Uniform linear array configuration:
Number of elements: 64
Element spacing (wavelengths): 1
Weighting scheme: hann
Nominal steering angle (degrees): -15
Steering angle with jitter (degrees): -14.491
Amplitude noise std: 0.05
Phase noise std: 0.05

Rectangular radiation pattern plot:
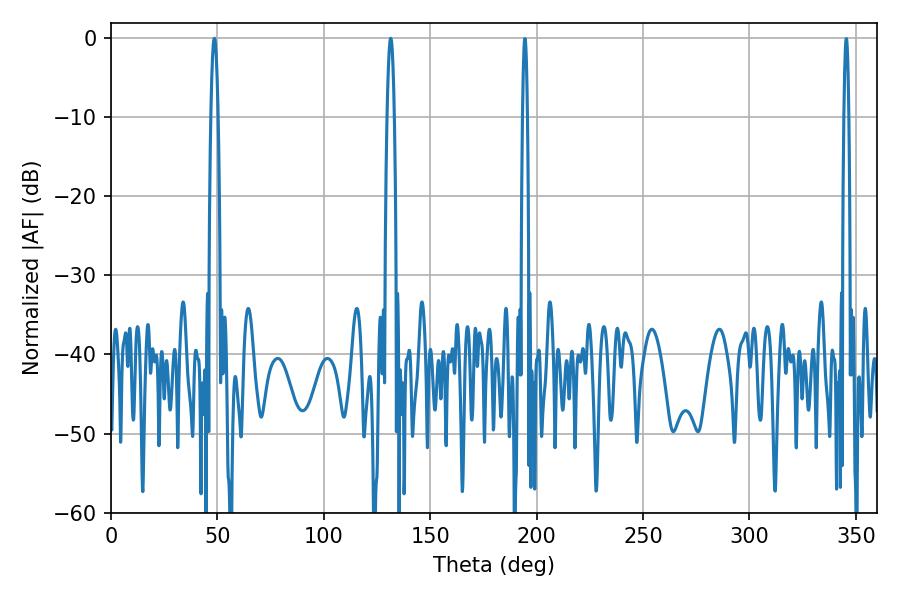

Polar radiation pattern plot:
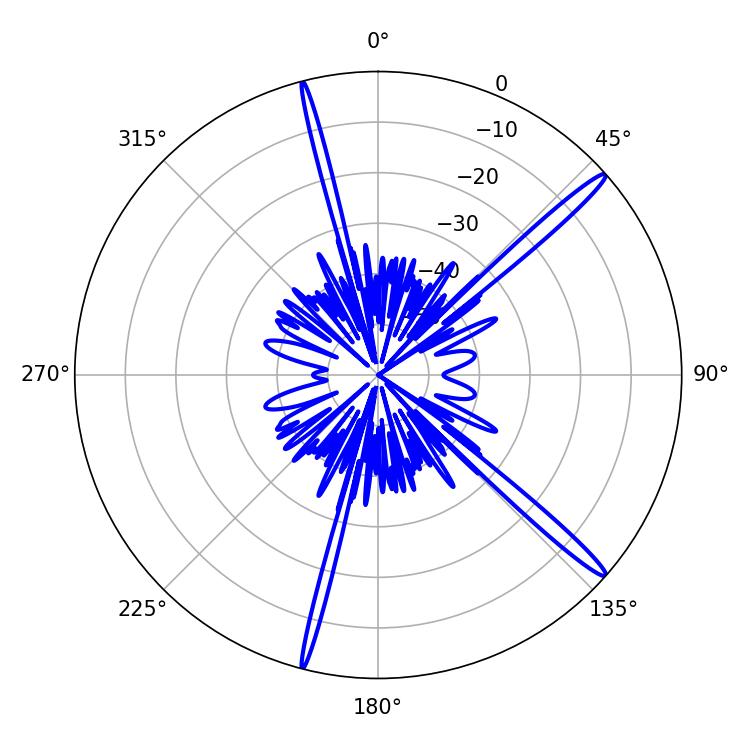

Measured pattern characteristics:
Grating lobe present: TRUE
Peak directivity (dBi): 16.805
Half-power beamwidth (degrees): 1.8
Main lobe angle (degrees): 131.4